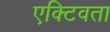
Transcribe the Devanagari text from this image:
एक्टिवता